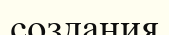
создания